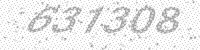
Solution: 637308